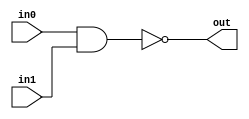
module NAND_GATE(
     input wire       in0,
     input wire       in1,
     output wire       out
);
    assign out = ~ ( in0 & in1 );
endmodule